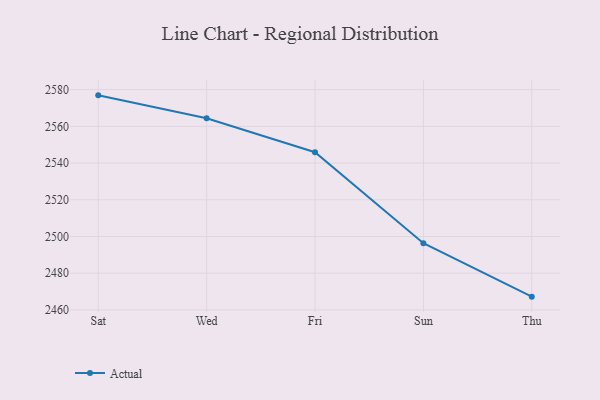
{"axis": {"x": "Day", "y": "Satisfaction Score"}, "legend": ["Actual"], "data": [{"x": "Sat", "y": 2576.9, "type": "Actual"}, {"x": "Wed", "y": 2564.4, "type": "Actual"}, {"x": "Fri", "y": 2545.9, "type": "Actual"}, {"x": "Sun", "y": 2496.3, "type": "Actual"}, {"x": "Thu", "y": 2467.2, "type": "Actual"}]}